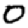
Digit: 0